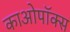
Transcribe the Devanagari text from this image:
काओपॉक्स